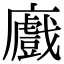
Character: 𢋼